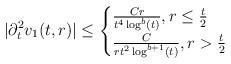
LaTeX: \begin{align*} |\partial_{t}^{2} v_{1}(t,r)| \leq \begin{cases} \frac{C r}{t^{4} \log^{b}(t)}, r \leq \frac{t}{2}\\\frac{C}{r t^{2} \log^{b+1}(t)}, r > \frac{t}{2}\end{cases}\end{align*}